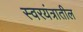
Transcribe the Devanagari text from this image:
स्वरयंत्रातील